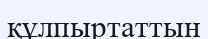
құлпыртаттын